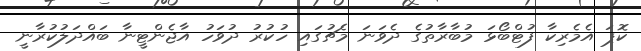
ކޮޕަ އެމެރިކާ ފުޓްބޯޅަ މުބާރާތުގެ ދެވަނަ މެޗުގައި ހުކުރު ދުވަހު އާޖެންޓީނާ ބައްދަލުކުރާނީ